Annual administration report of the Civil Veterinary Department of India - 1895-1896
Year: 1895
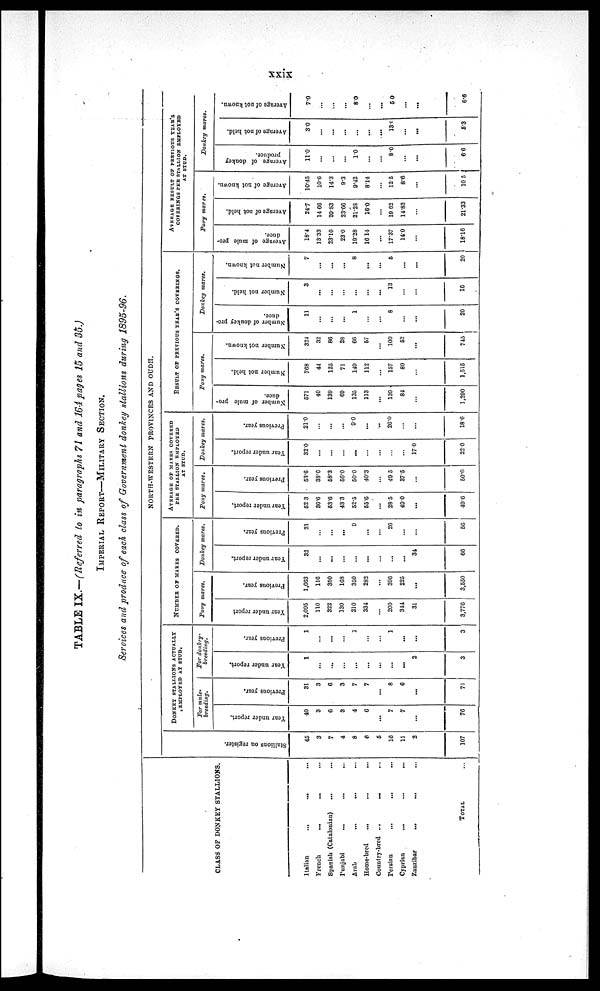
xxix
TABLE IX.—(Referred to in paragraphs 71 and 164 pages 15 and 35.)
IMPERIAL REPORT—MILITARY SECTION.
Services and produce of each class of Government donkey stallions during 1895-96.
CLASS OF DONKEY STALLIONS.
Italian ... ... ...
French... ... ...
Spanish (Catalonian) ... ...
Punjabi... ... ...
Arab... ... ...
Home-bred... ... ...
Country-bred... ... ...
Persian... ... ...
Cyprian... ... ...
Zanzibar... ... ...
TOTAL ...
St al l
i
ons on register.
45
3
7
4
8
6
5
16
11
2
107
NORTH-WESTERN PROVINCES AND OUDH.
DONKEY STALLIONS ACTUALLY
EMPLOYED AT STUD.
For mule-
breeding.
Year under report.
40
3
6
3
4
6
...
7
7
...
76
Previous year.
31
3
6
3
7
7
...
8
6
...
71
For donkey-
breeding.
Year under report.
1
...
...
...
...
...
...
...
...
2
3
Previous year.
1
...
...
...
1
...
...
1
...
...
3
NUMBER OF MARES COVERED.
Pony mares.
Year under report
2,095
110
322
130
210
334
...
200
344
31
3,776
Previous year.
1,663
116
350
168
350
282
...
396
225
...
3,550
Donkey mares.
Year under report.
32
...
...
...
...
...
...
...
34
66
Previous year.
21
...
...
...
9
...
...
26
...
...
56
AVERAGE OF MARES COVERED
PER STALLION EMPLOYED
AT STUD.
Pony mares.
Year under report.
52 3
36.6
53.6
43.3
52.5
55.6
...
28.5
49.0
...
49.6
Previous year.
53.6
38.6
58.3
56.0
50.0
40.3
...
49 5
37.5
...
50.0
Donkey mares.
Year under report.
32.0
...
...
...
...
...
...
...
...
17.0
22.0
Previous year.
21.0
...
...
...
9.0
...
...
26.0
...
...
18.6
RESULT OF PREVIOUS YEAR'S COVERINGS.
Pony mares.
Number of mule pro-
duce.
571
40
139
69
135
113
...
139
84
...
1,290
Number not held.
768
44
125
71
149
112
...
157
89
1,515
Number not known.
324
32
86
28
66
57
...
100
52
...
745
Donkey
mares.
Number of donkey pro-
duce.
11
...
...
...
1
...
...
8
...
...
20
Number not held.
3
...
...
...
...
...
...
13
...
...
16
Number nut known.
7
...
...
...
8
...
...
5
...
...
20
AVERAGE RESULT OF PREVIOUS YEAR'S
COVERINGS PER STALLION EMPLOYED
AT STUD.
Pony
mares.
Average of mule pro-
duce.
18.4
13.33
23.16
23.0
19.28
16.14
...
17.37
14.0
...
18.16
Average of not held.
24.7
14 66
20.83
23.66
21.28
16.0
...
19.62
14.83
...
21.33
Average of not known.
10.45
10.6
14.3
9.3
9.42
8.14
...
12.5
8.6
...
10.5
Donkey
mares.
Average of donkey
produce.
110
...
...
...
1.0
...
...
8.0
...
...
6.6
Average of not held.
3.0
...
...
...
...
...
....
13.1
...
...
5.3
Average
of not known.
7.0
...
...
...
8.0
...
...
5.0
...
...
6.6